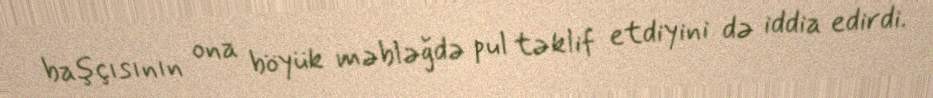
başçısının ona böyük məbləğdə pul təklif etdiyini də iddia edirdi.